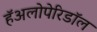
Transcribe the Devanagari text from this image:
हॅअलोपेरिडॉल